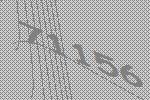
71156